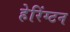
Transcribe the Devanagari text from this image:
हेरिंग्टन